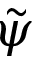
\tilde { \psi }